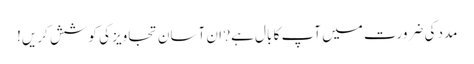
مدد کی ضرورت میں آپ کا بال ہے? ان آسان تجاویز کی کوشش کریں!